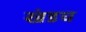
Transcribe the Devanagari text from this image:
खंडच